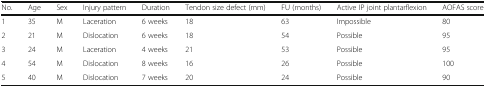
<table><thead><tr><td><b>No.</b></td><td><b>Age</b></td><td><b>Sex</b></td><td><b>Injury pattern</b></td><td><b>Duration</b></td><td><b>Tendon size defect (mm)</b></td><td><b>FU (months)</b></td><td><b>Active IP joint plantarflexion</b></td><td><b>AOFAS score</b></td></tr></thead><tbody><tr><td>1</td><td>35</td><td>M</td><td>Laceration</td><td>6 weeks</td><td>18</td><td>63</td><td>Impossible</td><td>80</td></tr><tr><td>2</td><td>21</td><td>M</td><td>Dislocation</td><td>6 weeks</td><td>18</td><td>54</td><td>Possible</td><td>95</td></tr><tr><td>3</td><td>24</td><td>M</td><td>Laceration</td><td>4 weeks</td><td>21</td><td>53</td><td>Possible</td><td>95</td></tr><tr><td>4</td><td>54</td><td>M</td><td>Dislocation</td><td>8 weeks</td><td>16</td><td>26</td><td>Possible</td><td>100</td></tr><tr><td>5</td><td>40</td><td>M</td><td>Dislocation</td><td>7 weeks</td><td>20</td><td>24</td><td>Possible</td><td>90</td></tr></tbody></table>